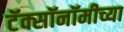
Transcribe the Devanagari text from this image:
टॅक्सॉनॉमीच्या